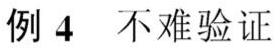
例 4 不难验证